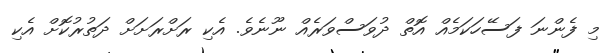
މި ފެންނަ ފަސޭހަކަމެއް އޮތް ދުވަސްވަރެއް ނޫނެވެ. އެކި ރަށްރަށަށް ދަތުރުކޮށް އެކި